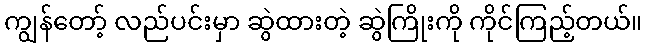
ကျွန်တော့် လည်ပင်းမှာ ဆွဲထားတဲ့ ဆွဲကြိုးကို ကိုင်ကြည့်တယ်။